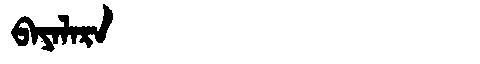
Manchu: ᠪᠠᠶᠠᠯᠠᡵᠠ
Romanization: BAYALARA